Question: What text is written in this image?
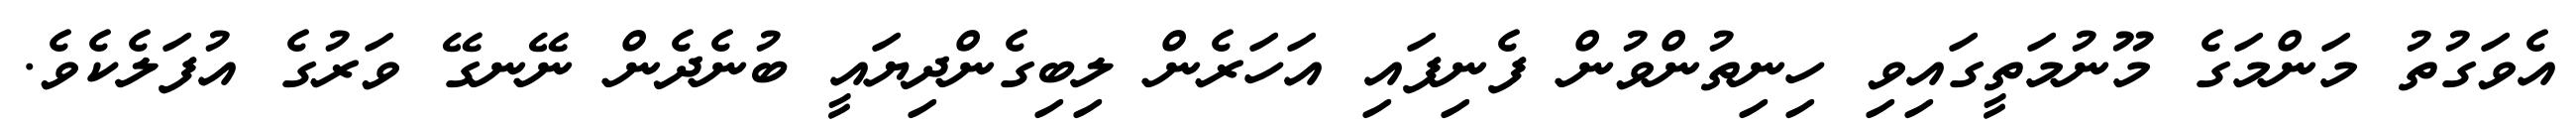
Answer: އެވަގުތު މަންމަގެ މޫނުމަތީގައިވި ހިނިތުންވުން ފެނިފައި އަހަރެން ލިބިގެންދިޔައީ ބުނެދެން ނޭނގޭ ވަރުގެ އުފަލެކެވެ.